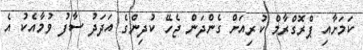
ކަމަށާއި ޕްރޮގްރާމް ކުރިއަށް ގެންދަން ޖެހޭ ކުދިންގެ އަދަދު ސާފު ވުމާއެކު އެ